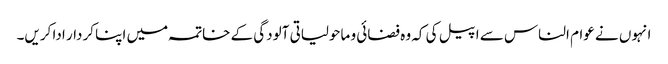
انہوں نے عوام الناس سے اپیل کی کہ وہ فضائی و ماحولیاتی آلودگی کے خاتمہ میں اپنا کردار ادا کریں۔